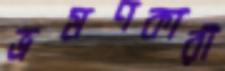
ভ্রমণকারী